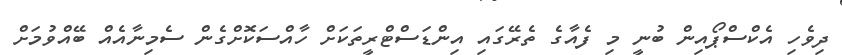
ދިވެހި އެކްސްޕޯއިން ބުނީ މި ފެއާގެ ތެރޭގައި އިންޑަސްޓްރީތަކަށް ހާއްސަކޮށްގެން ސެމިނާއެއް ބޭއްވުމަށް